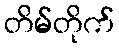
တိမ်တိုက်